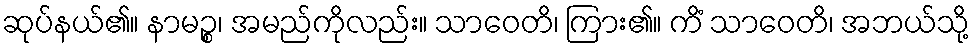
ဆုပ်နယ်၏။ နာမဉ္စ၊ အမည်ကိုလည်း။ သာဝေတိ၊ ကြား၏။ ကိံ သာဝေတိ၊ အဘယ်သို့